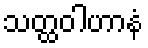
သတ္ထဝါဟာနံ